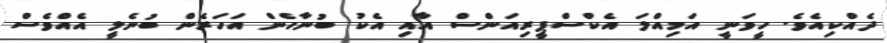
ދެއްކިއެވެ. ހީވަނީ އަމިއްލަ އެކްސްޕީރިއަންސް އާއި އެކު ބުނާހެން އަހަރެން ބުނެލީ އެއްވެސް